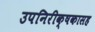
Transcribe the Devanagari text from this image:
उपनिरीक्षकासह